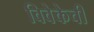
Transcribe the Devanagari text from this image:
विवेकेची